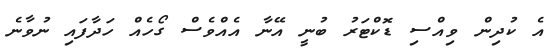
އެ ކުދިން ވިއްސި ޑޮކްޓަރު ބުނީ އޭނާ އެއްވެސް ގޯހެއް ހަދާފައި ނުވާނެ